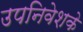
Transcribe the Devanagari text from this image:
उपनिवेशके